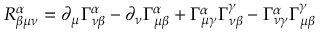
R _ { \beta \mu \nu } ^ { \alpha } = \partial _ { \mu } \Gamma _ { \nu \beta } ^ { \alpha } - \partial _ { \nu } \Gamma _ { \mu \beta } ^ { \alpha } + \Gamma _ { \mu \gamma } ^ { \alpha } \Gamma _ { \nu \beta } ^ { \gamma } - \Gamma _ { \nu \gamma } ^ { \alpha } \Gamma _ { \mu \beta } ^ { \gamma }